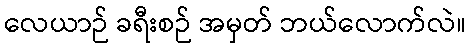
လေယာဉ် ခရီးစဉ် အမှတ် ဘယ်လောက်လဲ။